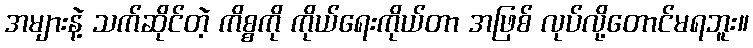
အများနဲ့ သက်ဆိုင်တဲ့ ကိစ္စကို ကိုယ်ရေးကိုယ်တာ အဖြစ် လုပ်လို့တောင်မရဘူး။